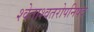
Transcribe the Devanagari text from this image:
श्वेताश्वतरोपनिषद